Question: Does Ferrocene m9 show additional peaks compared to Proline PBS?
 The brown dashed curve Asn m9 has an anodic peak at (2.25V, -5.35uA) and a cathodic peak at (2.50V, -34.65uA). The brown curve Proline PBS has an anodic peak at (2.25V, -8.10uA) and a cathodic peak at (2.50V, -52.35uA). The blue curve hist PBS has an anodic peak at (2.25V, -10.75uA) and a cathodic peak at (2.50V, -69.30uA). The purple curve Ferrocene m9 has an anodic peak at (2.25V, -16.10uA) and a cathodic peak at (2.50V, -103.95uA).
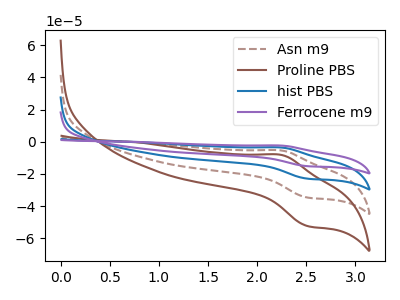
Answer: <think>All the peaks in "Ferrocene m9" have a peak in "Proline PBS" at the same potential.
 </think>
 <answer>No, "Ferrocene m9" and "Proline PBS" don't appear to be significantly different in shape</answer>
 <eval>no_change</eval>